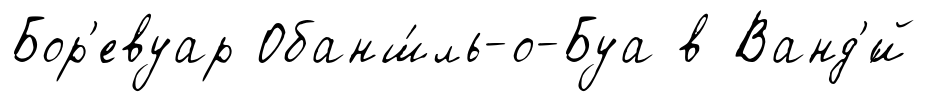
Бор'евуар Обанш́ль-о-Буа в Ванд'́й